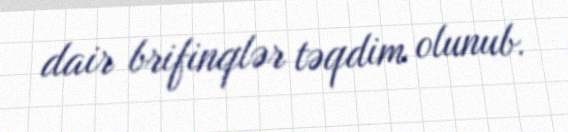
dair brifinqlər təqdim olunub.